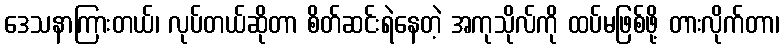
ဒေသနာကြားတယ်၊ လုပ်တယ်ဆိုတာ စိတ်ဆင်းရဲနေတဲ့ အကုသိုလ်ကို ထပ်မဖြစ်ဖို့ တားလိုက်တာ၊